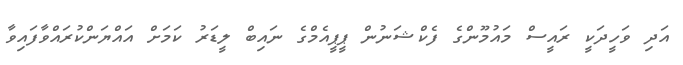
އަދި ވަހީދަކީ ރައީސް މައުމޫންގެ ފެކްޝަނުން ޕީޕީއެމްގެ ނައިބް ލީޑަރު ކަމަށް އައްޔަންކުރައްވާފައިވާ